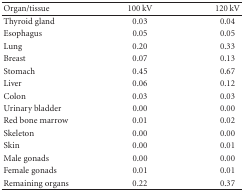
| Organ/tissue | 100 kV | 120 kV |
 | --- | --- | --- |
 | Thyroid gland | 0.03 | 0.04 |
 | Esophagus | 0.05 | 0.05 |
 | Lung | 0.20 | 0.33 |
 | Breast | 0.07 | 0.13 |
 | Stomach | 0.45 | 0.67 |
 | Liver | 0.06 | 0.12 |
 | Colon | 0.03 | 0.03 |
 | Urinary bladder | 0.00 | 0.00 |
 | Red bone marrow | 0.01 | 0.02 |
 | Skeleton | 0.00 | 0.00 |
 | Skin | 0.00 | 0.01 |
 | Male gonads | 0.00 | 0.00 |
 | Female gonads | 0.01 | 0.01 |
 | Remaining organs | 0.22 | 0.37 |